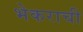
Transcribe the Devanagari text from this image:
भेकराची